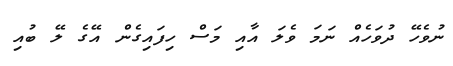
ނުވެހޭ ދުވަހެއް ނަމަ ވެލަ އާއި މަސް ހިފައިގެން އޭގެ ލޭ ބުއި